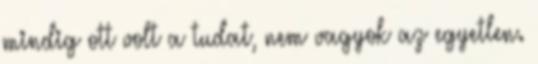
mindig ott volt a tudat, nem vagyok az egyetlen.